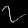
Digit: ၇